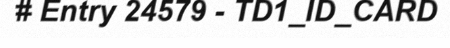
# Entry 24579 - TD1_ID_CARD